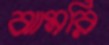
ঝামরি